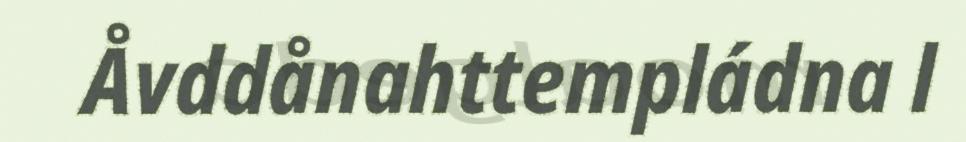
Åvddånahttempládna l